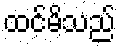
ထင်မိသည်